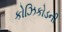
કોઝિકોડની